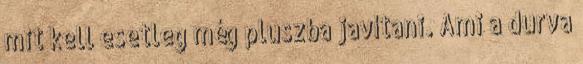
mit kell esetleg még pluszba javítani. Ami a durva